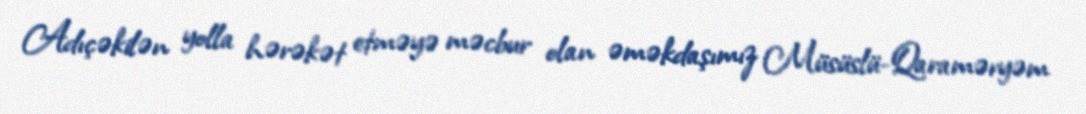
Adıçəkilən yolla hərəkət etməyə məcbur olan əməkdaşımız Müsüslü-Qaraməryəm